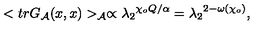
< t r G _ { \cal A } ( x , x ) > _ { \cal A } \propto { { \lambda _ { 2 } } ^ { { \chi _ { o } } Q / \alpha } } = { { \lambda _ { 2 } } ^ { 2 - \omega ( { \chi _ { o } } ) } } ,